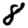
Digit: 8